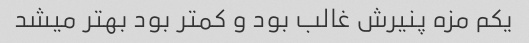
یکم مزه پنیرش غالب بود و کمتر بود بهتر میشد